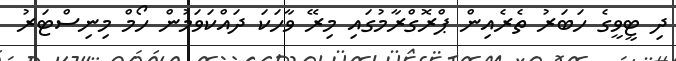
ދި ޓީވީގެ ހަބަރު ތެރެއިން ޕްރޮގްރާމުގައި މިރޭ ވާހަކަ ދައްކަވަމުން ހޯމް މިނިސްޓަރު